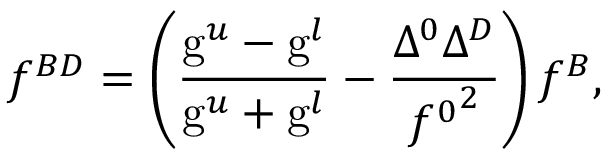
f ^ { { \cal B } { \cal D } } = \left( \frac { \mathrm { g } ^ { u } - \mathrm { g } ^ { l } } { \mathrm { g } ^ { u } + \mathrm { g } ^ { l } } - \frac { \Delta ^ { 0 } \Delta ^ { \cal D } } { { f ^ { 0 } } ^ { 2 } } \right) f ^ { { \cal B } } ,